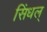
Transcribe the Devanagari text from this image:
सिंधल्